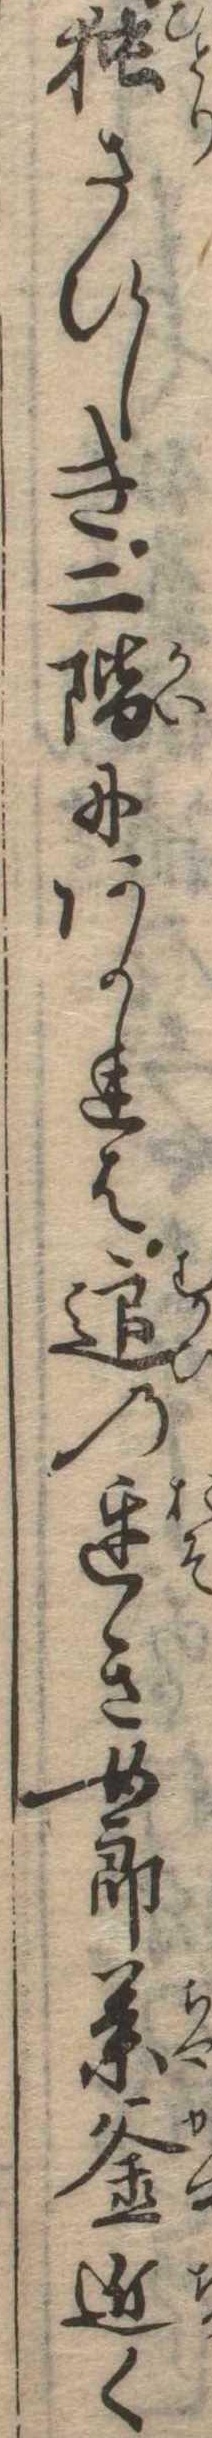
独さびしき二階にあかれは迎の遅き女郎茶釜近く